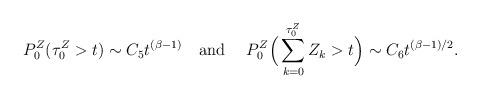
LaTeX: \begin{align*}P_0^Z(\tau_0^Z > t) \sim C_5 t^{(\beta-1)} ~~\mbox{ and }~~~ P_0^Z\Big(\sum_{k=0}^{\tau_0^Z} Z_k > t \Big) \sim C_6 t^{(\beta-1)/2}.\end{align*}